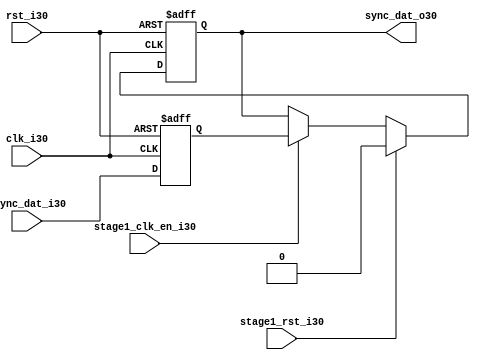
module uart_sync_flops30
(
  // internal signals30
  rst_i30,
  clk_i30,
  stage1_rst_i30,
  stage1_clk_en_i30,
  async_dat_i30,
  sync_dat_o30
);

parameter Tp30            = 1;
parameter width         = 1;
parameter init_value30    = 1'b0;

input                           rst_i30;                  // reset input
input                           clk_i30;                  // clock30 input
input                           stage1_rst_i30;           // synchronous30 reset for stage30 1 FF30
input                           stage1_clk_en_i30;        // synchronous30 clock30 enable for stage30 1 FF30
input   [width-1:0]             async_dat_i30;            // asynchronous30 data input
output  [width-1:0]             sync_dat_o30;             // synchronous30 data output


//
// Interal30 signal30 declarations30
//

reg     [width-1:0]             sync_dat_o30;
reg     [width-1:0]             flop_030;


// first stage30
always @ (posedge clk_i30 or posedge rst_i30)
begin
    if (rst_i30)
        flop_030 <= #Tp30 {width{init_value30}};
    else
        flop_030 <= #Tp30 async_dat_i30;    
end

// second stage30
always @ (posedge clk_i30 or posedge rst_i30)
begin
    if (rst_i30)
        sync_dat_o30 <= #Tp30 {width{init_value30}};
    else if (stage1_rst_i30)
        sync_dat_o30 <= #Tp30 {width{init_value30}};
    else if (stage1_clk_en_i30)
        sync_dat_o30 <= #Tp30 flop_030;       
end

endmodule